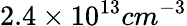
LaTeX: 2.4\times 10^{13}cm^{-3}